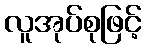
လူအုပ်စုဖြင့်